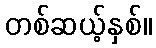
တစ်ဆယ့်နှစ်။